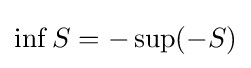
\inf S=-\sup(-S)